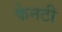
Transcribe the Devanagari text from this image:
केनटी